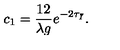
c _ { 1 } = \frac { 1 2 } { \lambda g } e ^ { - 2 \tau _ { \bar { I } } } .